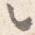
々